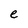
Character: e